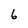
Character: b